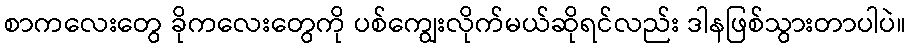
စာကလေးတွေ ခိုကလေးတွေကို ပစ်ကျွေးလိုက်မယ်ဆိုရင်လည်း ဒါနဖြစ်သွားတာပါပဲ။